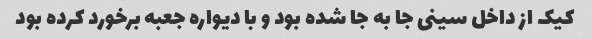
کیک از داخل سینی جا به جا شده بود و با دیواره جعبه برخورد کرده بود